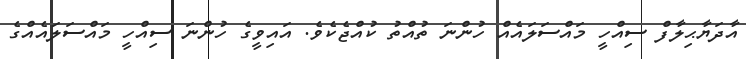
އާދަޔާޙިލާފް ސިއްހީ މައްސަލައެއް ހުންނަ ތުއްތު ކުއްޖެކެވެ. އައިވީގެ ހުންނަ ސިއްހީ މައްސަލައެއްގެ